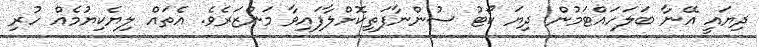
ދިޔައީ އޭނާ ބަލަހައްޓަމުން ދިޔަ ކޯޓު ސުންނާފަތިކޮށްލާފައިވާ މަންޒަރެވެ. އެތައް ލިޔެކިޔުމެއް ހުރި